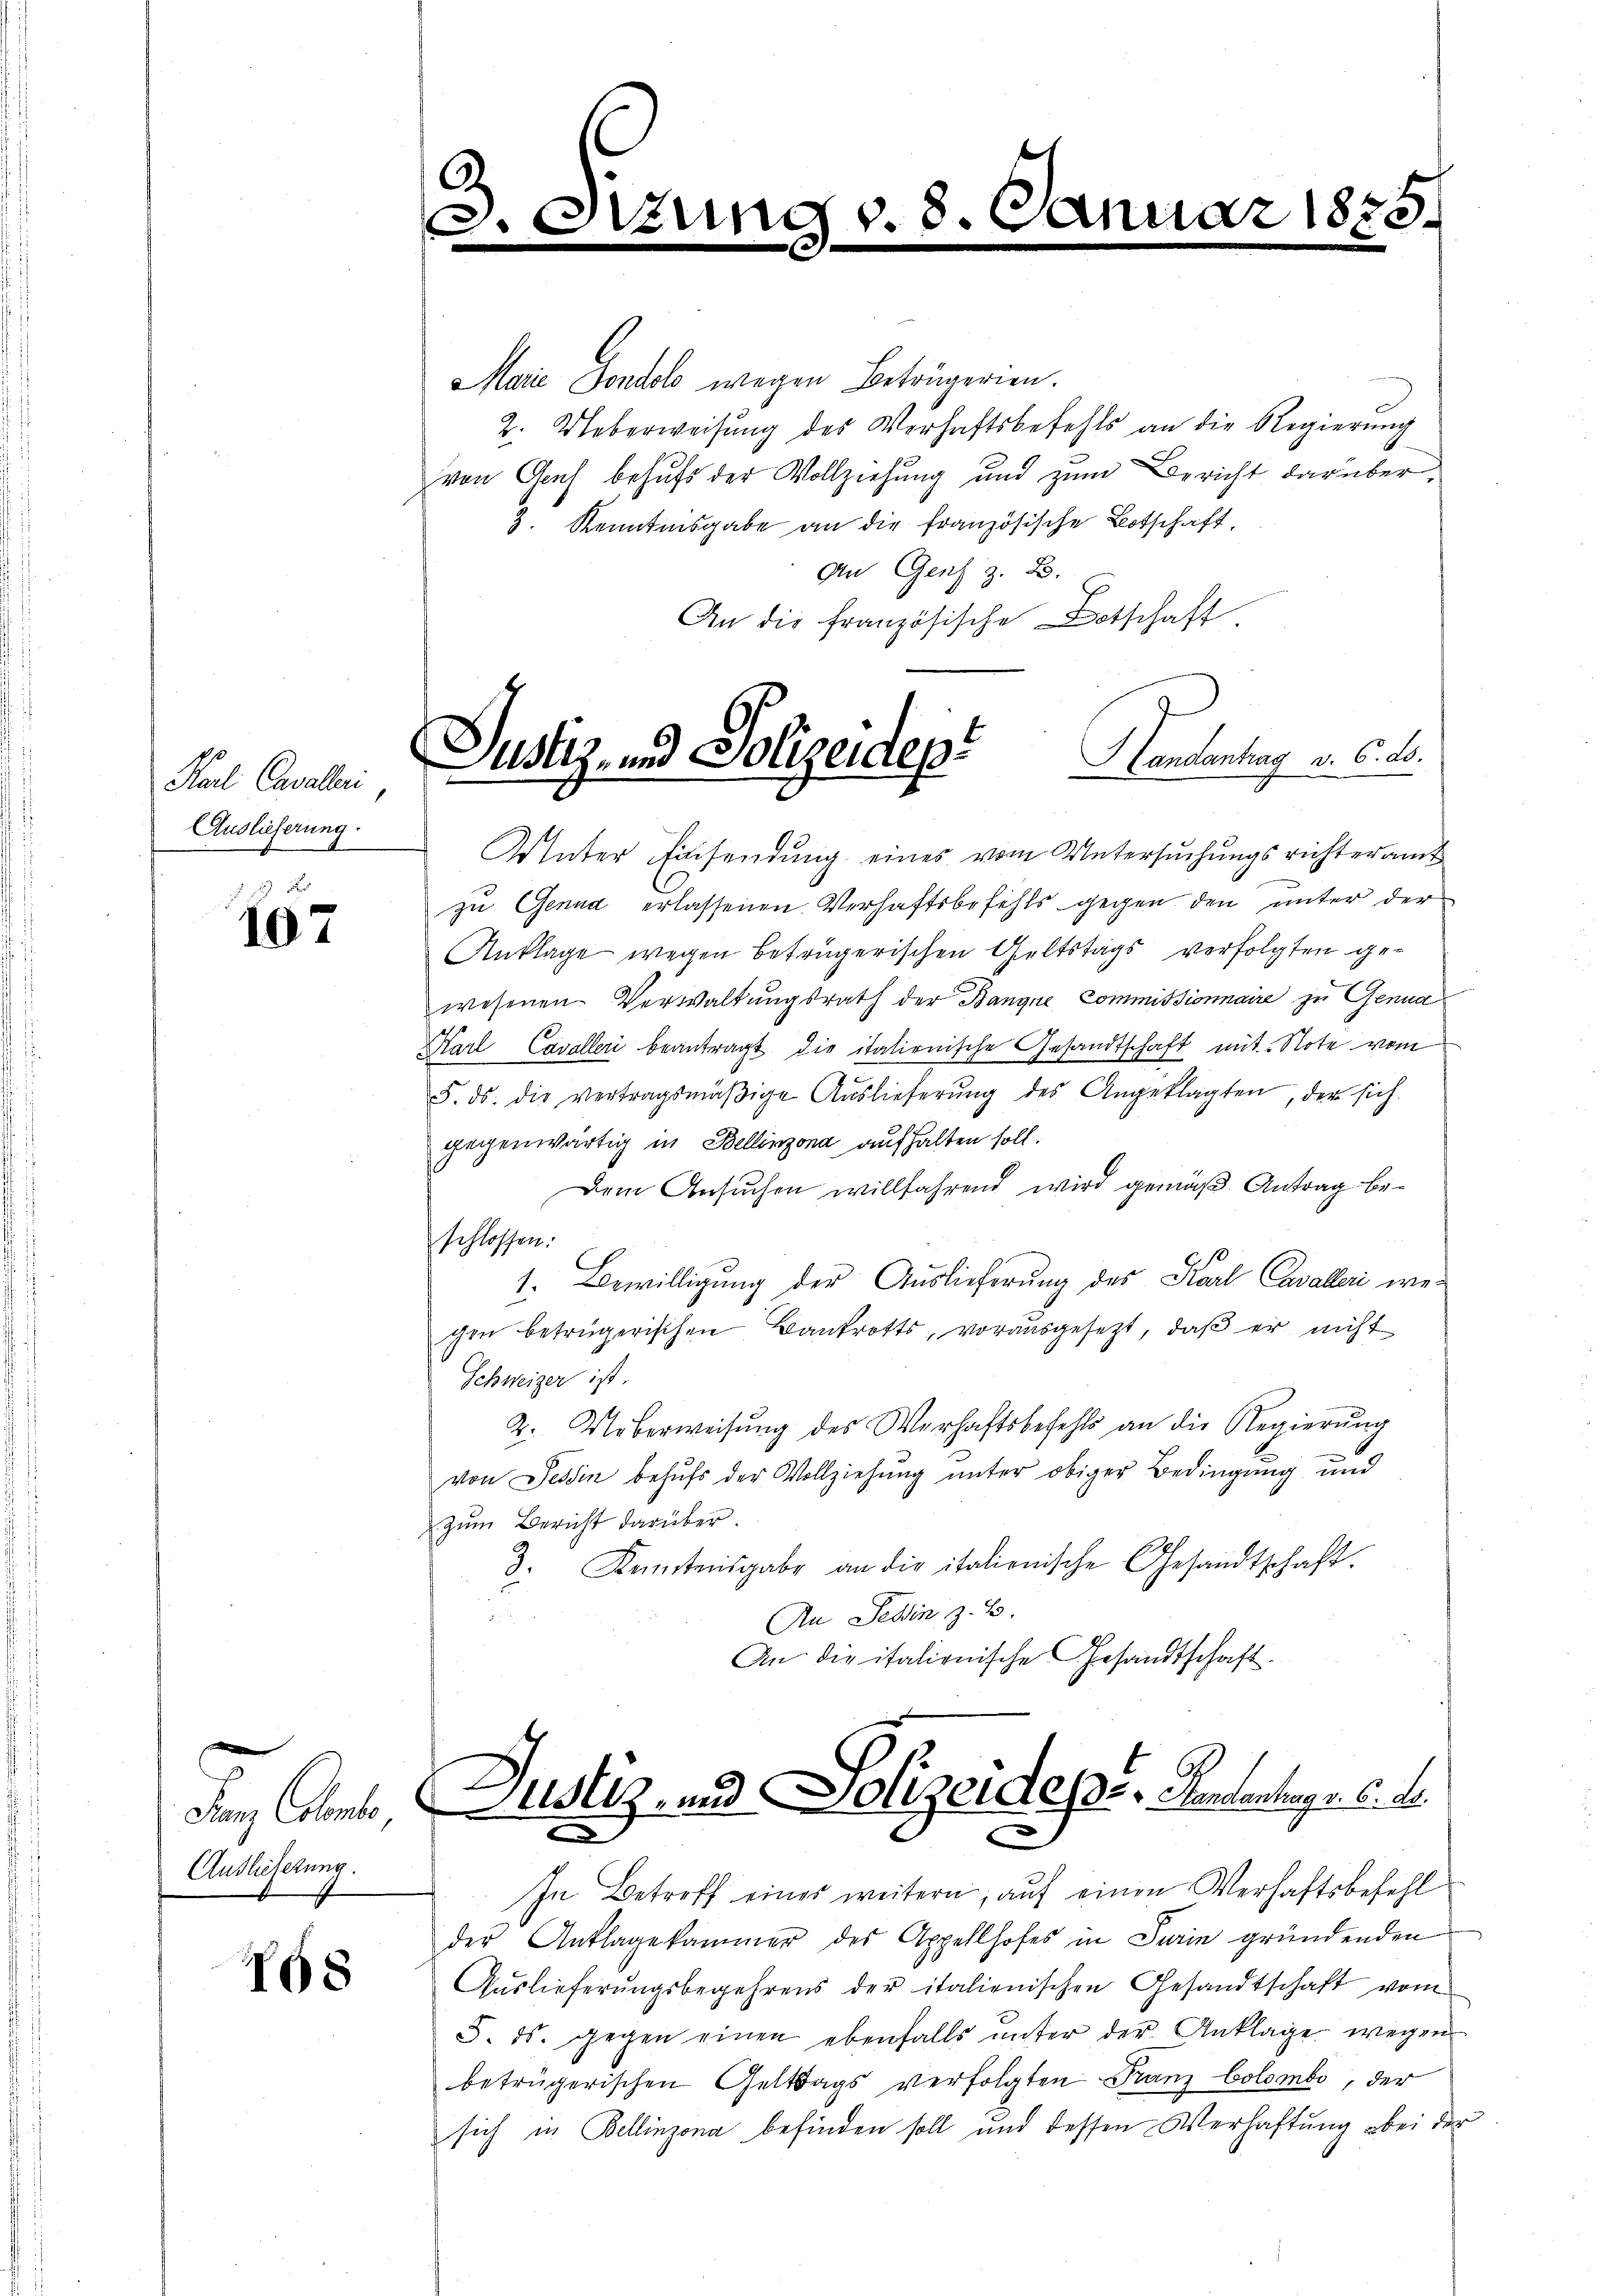
Karl Cavalleri
Auslieferung.

167

Junz Colont
Auslieferung.

1G8

s

Unter Einsendung eines vom Untersuchungsrichteramt
zu Genua erlassenen Verhaftsbefehls gegen den unter der
Anklage wegen betrügerischen Geltstags verfolgten gewesenen Verwaltungsrath der Banque Commissionnaire zu Genua
Karl Cavalleri beantragt die itationische Gesandtschaft mit Note vom
5. ds. die vertragsmäβige Aŭslieferŭng des Angeklagten, der sich

6

.

zune

Marie Fondolo wegen Beträgerien.
2. Ueberweisung des Verhaftsbefehls an die Regierung
von Graf behufs der Vollziehung und zum Bericht darüber¬
3. Kenntnisgabe an die französische Botschaft,
An Genf z. B.
An die französische Botschaft.
Justiz- und Polizeidep
Handantung v. C. L.

gegenwärtig in Bellinzona aufhalten soll.
Dem Ansuchen willfahrend wird gemäß Antrag beschlossen:
1. Bewilligung der Auslieferung des Karl Cavalleri weichen betrügerischen Bankrotts, vorausgesezt, daß er nicht
Schweizer ist.
2. Ueberweisung des Verhaftsbefehls an die Regierŭng
von Tessin behufs der Vollziehung unter obiger Bedingung und
zum Bericht darüber.
3. Kenntnisgabe an die itationische Gesandtschaft.
An Tessin, z. B.

An die italienische Gesandtschaft

. 8. 6

nuar 1875.

ustiz, und Polizeides der Gendantrag v. 6. d.

In Betreff eines weitern, auf einen Verhaftsbefehl
der Anklagekammer des Appellhofes in Turin gründenden
Auslieferungsbegehrens der italienischen Gesandtschaft vom
5. ds. gegen einen ebenfalls unter der Anklage wegen
betrügerischen Geltags verfolgten Franz Colombe, der
sich in Bellinzona befinden soll und dessen Verhaftung bei der